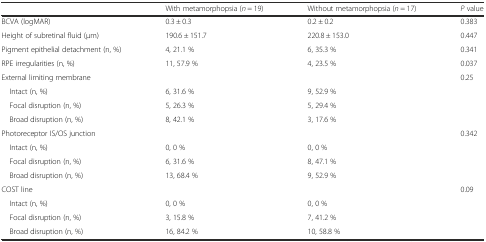
<table><thead><tr><td></td><td><b>With metamorphopsia (<i>n</i> = 19)</b></td><td><b>Without metamorphopsia (<i>n</i> = 17)</b></td><td><b><i>P</i> value</b></td></tr></thead><tbody><tr><td>BCVA (logMAR)</td><td>0.3 ± 0.3</td><td>0.2 ± 0.2</td><td>0.383</td></tr><tr><td>Height of subretinal fluid (μm)</td><td>190.6 ± 151.7</td><td>220.8 ± 153.0</td><td>0.447</td></tr><tr><td>Pigment epithelial detachment (n, %)</td><td>4, 21.1 %</td><td>6, 35.3 %</td><td>0.341</td></tr><tr><td>RPE irregularities (n, %)</td><td>11, 57.9 %</td><td>4, 23.5 %</td><td>0.037</td></tr><tr><td>External limiting membrane</td><td></td><td></td><td>0.25</td></tr><tr><td> Intact (n, %)</td><td>6, 31.6 %</td><td>9, 52.9 %</td><td></td></tr><tr><td> Focal disruption (n, %)</td><td>5, 26.3 %</td><td>5, 29.4 %</td><td></td></tr><tr><td> Broad disruption (n, %)</td><td>8, 42.1 %</td><td>3, 17.6 %</td><td></td></tr><tr><td>Photoreceptor IS/OS junction</td><td></td><td></td><td>0.342</td></tr><tr><td> Intact (n, %)</td><td>0, 0 %</td><td>0, 0 %</td><td></td></tr><tr><td> Focal disruption (n, %)</td><td>6, 31.6 %</td><td>8, 47.1 %</td><td></td></tr><tr><td> Broad disruption (n, %)</td><td>13, 68.4 %</td><td>9, 52.9 %</td><td></td></tr><tr><td>COST line</td><td></td><td></td><td>0.09</td></tr><tr><td> Intact (n, %)</td><td>0, 0 %</td><td>0, 0 %</td><td></td></tr><tr><td> Focal disruption (n, %)</td><td>3, 15.8 %</td><td>7, 41.2 %</td><td></td></tr><tr><td> Broad disruption (n, %)</td><td>16, 84.2 %</td><td>10, 58.8 %</td><td></td></tr></tbody></table>